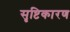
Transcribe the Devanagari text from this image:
सृष्टिकारण